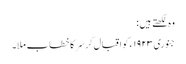
وہ لکھتے ہیں :
جنوری ١٩٢٣ء کو اقبال کر سَر کا خطاب ملا۔